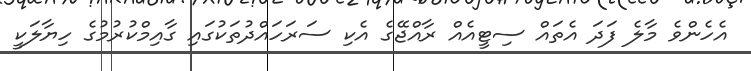
އެހެންވެ މާލެ ފަދަ އެތައް ސިޓީއެއް ރާއްޖޭގެ އެކި ސަރަހައްދުތަކުގައި ގާއިމްކުރުމުގެ ހިޔާލަކީ